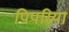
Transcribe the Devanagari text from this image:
पिपरियां